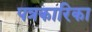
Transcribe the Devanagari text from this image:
पत्रकारिका